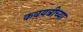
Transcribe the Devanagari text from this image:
कवयत्रीच्या